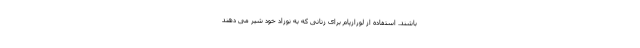
باشند. استفاده از لورازپام برای زنانی که به نوزاد خود شیر می دهند